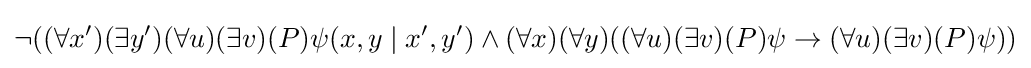
\neg ((\forall x')(\exists y')(\forall u)(\exists v)(P)\psi (x,y\mid x',y')\wedge (\forall x)(\forall y)((\forall u)(\exists v)(P)\psi \rightarrow (\forall u)(\exists v)(P)\psi ))